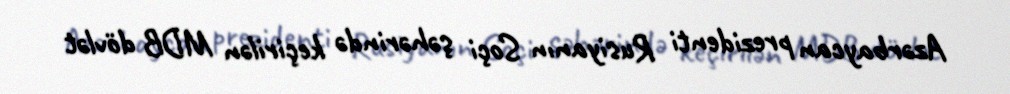
Azərbaycan prezidenti Rusiyanın Soçi şəhərində keçirilən MDB dövlət